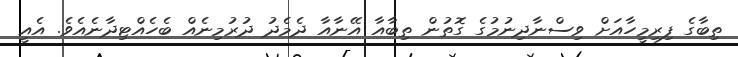
ތިބާގެ ފިރިމީހާއަށް ވިސްނާދިނުމުގެ ގޮތުން ތިބާއާ އޭނާއާ ދެމެދު ދުރުމިނެއް ބެހެއްޓިދާނެއެވެ. އެއީ